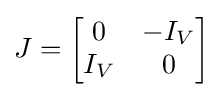
J={\begin{bmatrix}0&-I_{V}\\I_{V}&0\end{bmatrix}}